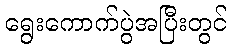
ရွေးကောက်ပွဲအပြီးတွင်